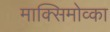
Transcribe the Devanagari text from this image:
माक्सिमोव्का